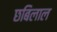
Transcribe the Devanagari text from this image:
छबिलाल